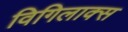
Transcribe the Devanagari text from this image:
विगिलाक्स